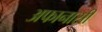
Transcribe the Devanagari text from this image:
अफानासी